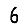
Digit: 6